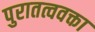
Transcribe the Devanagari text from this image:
पुरातत्ववक्ता